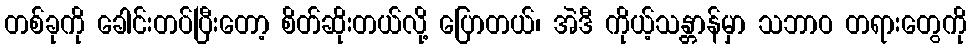
တစ်ခုကို ခေါင်းတပ်ပြီးတော့ စိတ်ဆိုးတယ်လို့ ပြောတယ်၊ အဲဒီ ကိုယ့်သန္တာန်မှာ သဘာဝ တရားတွေကို